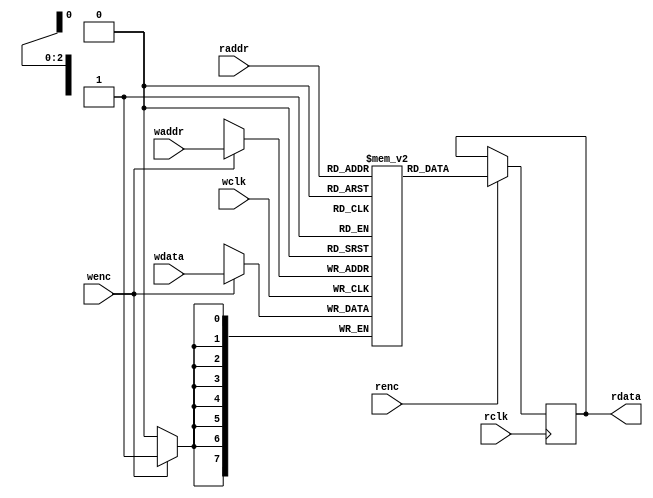
`timescale 1ns/1ns

/***************************************RAM*****************************************/
module dual_port_RAM #(parameter DEPTH = 8,
					   parameter WIDTH = 8)(
	 input wclk
	,input wenc
	,input [$clog2(DEPTH)-1:0] waddr  //2
	,input [WIDTH-1:0] wdata      	//
	,input rclk
	,input renc
	,input [$clog2(DEPTH)-1:0] raddr  //2
	,output reg [WIDTH-1:0] rdata 		//
);

reg [WIDTH-1:0] RAM_MEM [0:DEPTH-1];

always @(posedge wclk) begin
	if(wenc)
		RAM_MEM[waddr] <= wdata;
end 

always @(posedge rclk) begin
	if(renc)
		rdata <= RAM_MEM[raddr];
		
end 

endmodule  

/***************************************AFIFO*****************************************/
module asyn_fifo#(
	parameter	WIDTH = 8,
	parameter 	DEPTH = 8
)(
	input 					wclk	, 
	input 					rclk	,   
	input 					wrstn	,
	input					rrstn	,
	input 					winc	,
	input 			 		rinc	,
	input 		[WIDTH-1:0]	wdata	,

	output wire				wfull	,
	output wire				rempty	,
	output wire [WIDTH-1:0]	rdata
);

reg [$clog2(DEPTH):0] raddr;
wire [$clog2(DEPTH):0] raddgr;
reg [$clog2(DEPTH):0] raddgr1;
reg [$clog2(DEPTH):0] raddgr2;
reg [$clog2(DEPTH):0] waddr; 
wire [$clog2(DEPTH):0] waddgr; 
reg [$clog2(DEPTH):0] waddgr1;
reg [$clog2(DEPTH):0] waddgr2;


assign waddgr = waddr^(waddr>>1);



assign raddgr = raddr^(raddr>>1);


////CDC/////
always@(posedge wclk or negedge wrstn ) begin
	if(!wrstn)begin
		raddgr1 <= 'b0;
		raddgr2 <= 'b0;
	end
	else begin
	raddgr1 <=raddgr;
	raddgr2 <=raddgr1;
	end
end
////CDC/////
always@(posedge rclk or negedge rrstn ) begin
	if(!rrstn)begin
		waddgr1 <= 'b0;
		waddgr2 <= 'b0;
	end
	else begin
	waddgr1 <=waddgr;
	waddgr2 <=waddgr1;
	end
end

////// track path
always@(posedge wclk or negedge wrstn ) begin
	if(!wrstn)
	waddr <= 'b0;
	else if(winc&&!wfull)
	waddr <= waddr + 1'b1;
	else
	waddr <= waddr;
end
////// track path
always@(posedge rclk or negedge rrstn ) begin
	if(!rrstn)
	raddr <= 'b0;
	else if(rinc&&!rempty)
	raddr <= raddr + 1'b1;
	else
	raddr <= raddr;
end

////wfull////
assign wfull= (waddgr == {~raddgr2[$clog2(DEPTH):$clog2(DEPTH)-1],raddgr2[$clog2(DEPTH)-2:0]});
assign rempty= (raddgr == waddgr2);

    // parameter ADDR_WIDTH = $clog2(DEPTH);
    wire wenc, renc;
    //wire [ADDR_WIDTH-1:0] raddr, waddr;
     
    assign wenc = winc & !wfull;
    assign renc = rinc & !rempty;
     
    //assign raddr = rptr_bin[ADDR_WIDTH-1:0];
    //assign waddr = wptr_bin[ADDR_WIDTH-1:0];
     
    dual_port_RAM #(.DEPTH(DEPTH), .WIDTH(WIDTH))
                u_dual_port_RAM (
                .wclk(wclk),
                .rclk(rclk),
                .wenc(wenc),
                .renc(renc),
                .raddr(raddr[$clog2(DEPTH)-1:0]),
                .waddr(waddr[$clog2(DEPTH)-1:0]),
                .wdata(wdata),
                .rdata(rdata)
                );
 

endmodule